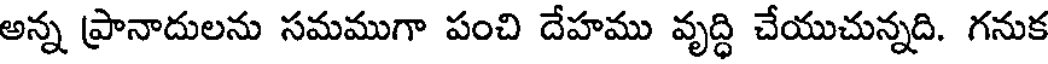
అన్న ప్రానాదులను సమముగా పంచి దేహము వృద్ధి చేయుచున్నది. గనుక